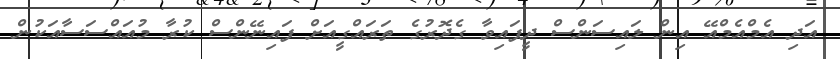
އަދި އެމްއެމްއޭ އިން ލައިސަންސް ދީފައިވާ ގެދޮރުގެ ތަރައްގީއަށް ފައިނޭންސް ކުރާ މުއައްސަސާއަކުން